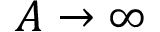
A \rightarrow \infty